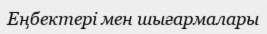
Еңбектері мен шығармалары